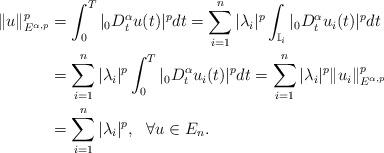
LaTeX: \begin{align*}\|u\|_{E^{\alpha,p}}^p&=\int_0^T|_0D_t^\alpha u(t)|^pdt=\sum_{i=1}^n|\lambda_i|^p\int_{\mathbb{I}_i}|_0D_t^\alpha u_i(t)|^pdt\\&=\sum_{i=1}^n|\lambda_i|^p\int_0^T|_0D_t^\alpha u_i(t)|^pdt=\sum_{i=1}^n|\lambda_i|^p\|u_i\|_{E^{\alpha,p}}^p\\&=\sum_{i=1}^n|\lambda_i|^p,\ \ \forall u\in E_n.\end{align*}